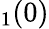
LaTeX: _1(0)